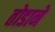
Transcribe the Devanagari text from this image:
तोडाने